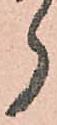
ら